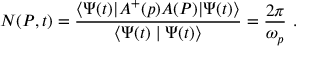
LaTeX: N ( P , t ) = \frac { \langle \Psi ( t ) | A ^ { + } ( p ) A ( P ) | \Psi ( t ) \rangle } { \langle \Psi ( t ) \mid \Psi ( t ) \rangle } = \frac { 2 \pi } { \omega _ { p } } \ .